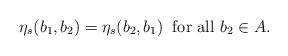
LaTeX: \begin{align*}\eta_s(b_1,b_2)=\eta_s(b_2,b_1)\;\;\mbox{for all $b_2\in A$.}\end{align*}